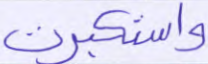
واستكبرت